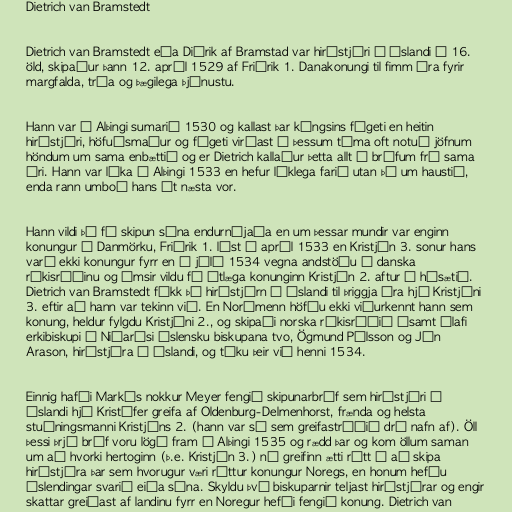
Dietrich van Bramstedt

Dietrich van Bramstedt eða Diðrik af Bramstad var hirðstjóri á Íslandi á 16.
öld, skipaður þann 12. apríl 1529 af Friðrik 1. Danakonungi til fimm ára fyrir
margfalda, trúa og þægilega þjónustu.

Hann var á Alþingi sumarið 1530 og kallast þar kóngsins fógeti en heitin
hirðstjóri, höfuðsmaður og fógeti virðast á þessum tíma oft notuð jöfnum
höndum um sama enbættið og er Dietrich kallaður þetta allt í bréfum frá sama
ári. Hann var líka á Alþingi 1533 en hefur líklega farið utan þá um haustið,
enda rann umboð hans út næsta vor.

Hann vildi þó fá skipun sína endurnýjaða en um þessar mundir var enginn
konungur í Danmörku, Friðrik 1. lést í apríl 1533 en Kristján 3. sonur hans
varð ekki konungur fyrr en í júlí 1534 vegna andstöðu í danska
ríkisráðinu og ýmsir vildu fá útlæga konunginn Kristján 2. aftur í hásætið.
Dietrich van Bramstedt fékk þó hirðstjórn á Íslandi til þriggja ára hjá Kristjáni
3. eftir að hann var tekinn við. En Norðmenn höfðu ekki viðurkennt hann sem
konung, heldur fylgdu Kristjáni 2., og skipaði norska ríkisráðið ásamt Ólafi
erkibiskupi í Niðarósi íslensku biskupana tvo, Ögmund Pálsson og Jón
Arason, hirðstjóra á Íslandi, og tóku þeir við henni 1534.

Einnig hafði Markús nokkur Meyer fengið skipunarbréf sem hirðstjóri á
Íslandi hjá Kristófer greifa af Oldenburg-Delmenhorst, frænda og helsta
stuðningsmanni Kristjáns 2. (hann var sá sem greifastríðið dró nafn af). Öll
þessi þrjú bréf voru lögð fram á Alþingi 1535 og rædd þar og kom öllum saman
um að hvorki hertoginn (þ.e. Kristján 3.) né greifinn ætti rétt á að skipa
hirðstjóra þar sem hvorugur væri réttur konungur Noregs, en honum hefðu
Íslendingar svarið eiða sína. Skyldu því biskuparnir teljast hirðstjórar og engir
skattar greiðast af landinu fyrr en Noregur hefði fengið konung. Dietrich van